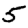
Digit: 5